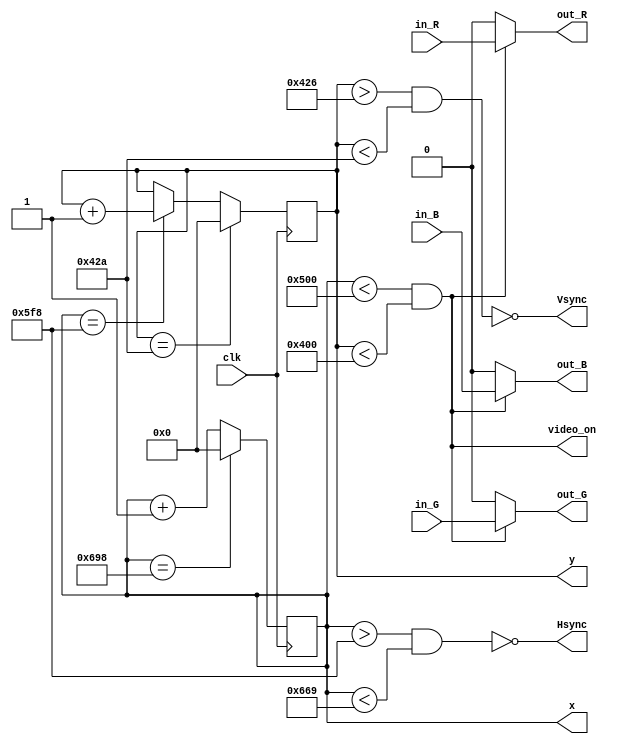
/* 1280x1024@60Hz VGA module. */
module vga(clk, in_R, in_G, in_B, out_R, out_G, out_B, Hsync, Vsync, video_on, x, y);

input clk, in_R, in_G, in_B;

output wire out_R, out_G, out_B, Hsync, Vsync, video_on;
output reg[10:0] x, y;

/* counters. increment y at the start of hsync. reset x at the end of front porch. */
always @(posedge clk) begin
	if(x == 1528) y <= y + 1;
	if(x == 1688) x <= 10'b0;
	else x <= x + 1;

	if(y == 1066) y <= 10'b0;
end

assign video_on = (x < 1280 && y < 1024);
assign out_R = video_on ? in_R : 1'b0;
assign out_G = video_on ? in_G : 1'b0;
assign out_B = video_on ? in_B : 1'b0;

assign Hsync = ~(x > 1528 && x < 1641);
assign Vsync = ~(y > 1062 && y < 1066);

endmodule